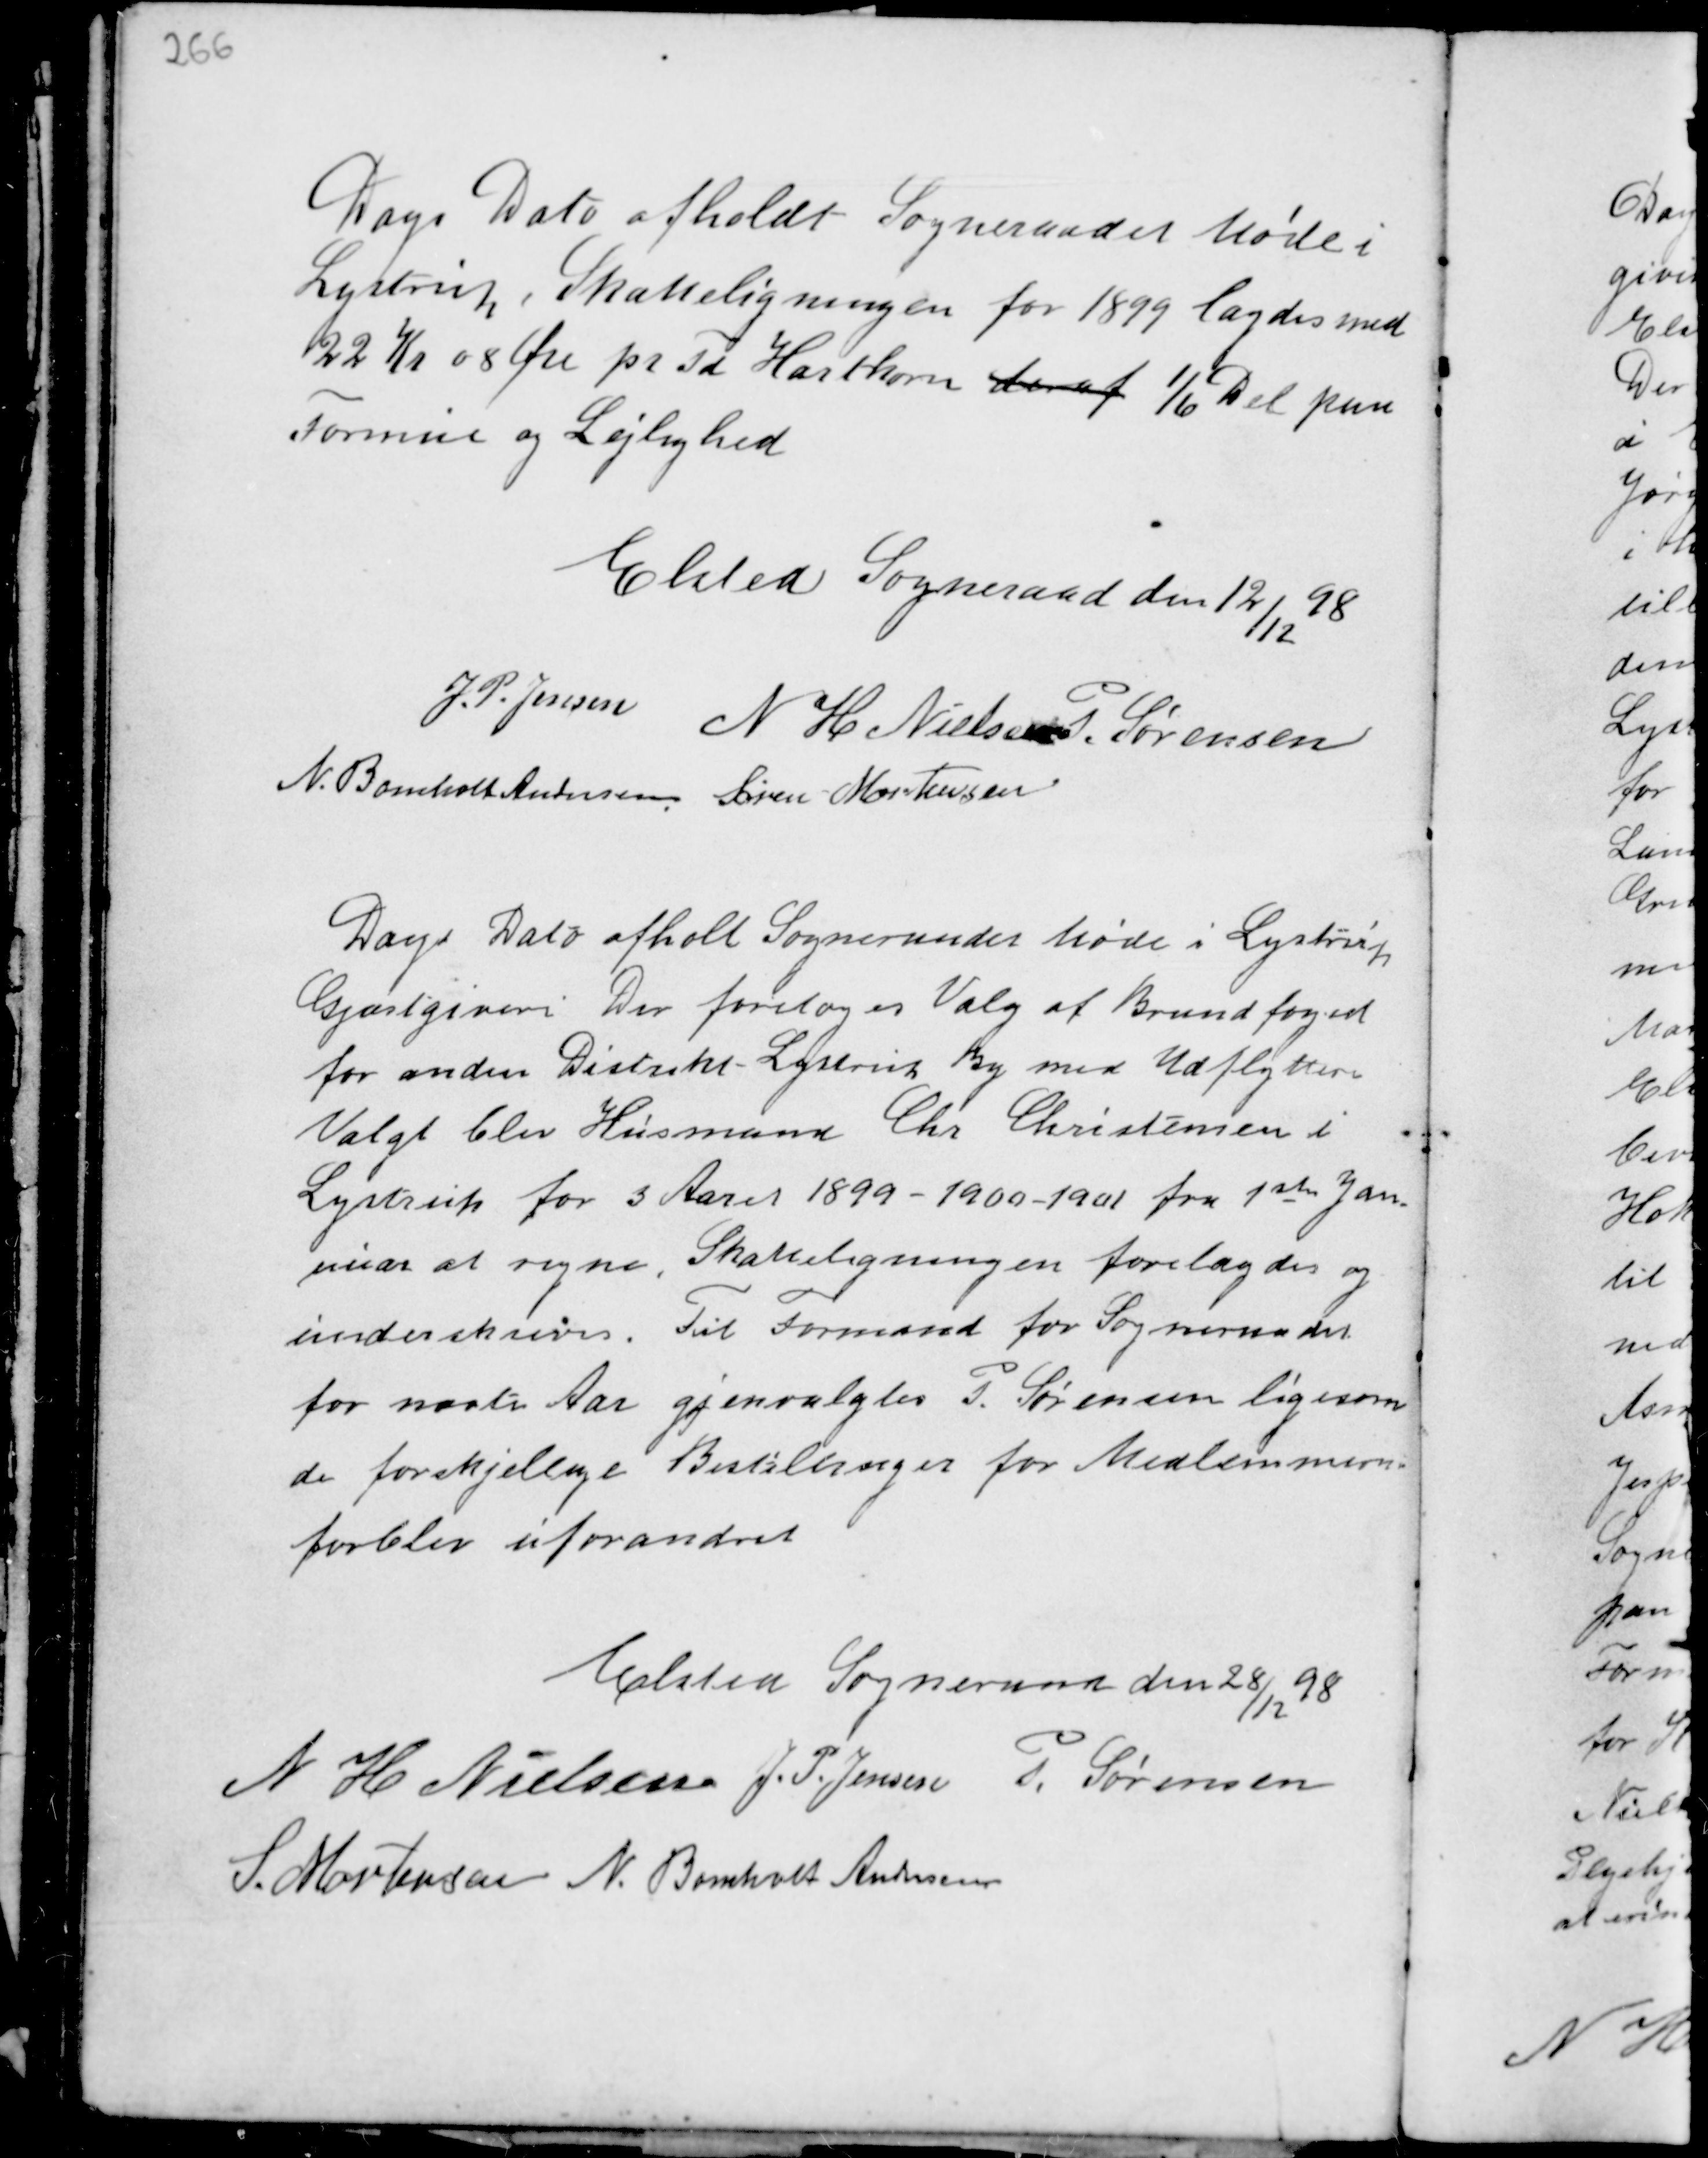
Transskription:
Dags Dato afholdt Sogneraadet Møde i
Lystrup, Skatteligningen for 1899 lagdes med
22 Kr 08 Øre pr. Td Hartkorn deraf 1/6 Del paa
Formue og Lejlighed

Elsted Sogneraad den 12/
12
98
J.P. Jensen
N H Nielsen P. Sørensen
N. Bomholt Andersen Søren Mortensen

Dags Dato afholdt Sogneraadet Møde i Lystrup
Gjæstgiveri. Der foretoges Valg af Brandfoged
for anden Distrikt Lystrup By med Udflyttere
Valgt blev Husmand Chr Christensen i
Lystrup for 3 Aaret 1899 - 1900 - 1901 fra 1 ste Jan-
nuar at regne. Skatteligningen forelagdes og
underskreves. Til Formand for Sogneraadet
for næste Aar gjenvalgtes P. Sørensen ligesom
de forskjellige Bestillinger for Medlemmerne
forblev uforandret

Elsted Sogneraad den 28/
12
98
N H Nielsen J.P. Jensen P. Sørensen
S. Mortensen N. Bomholt Andersen